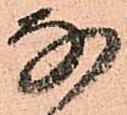
な